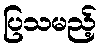
ပြသမည့်